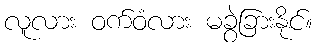
လူလား ဝက်ဝံလား မခွဲခြားနိုင်။